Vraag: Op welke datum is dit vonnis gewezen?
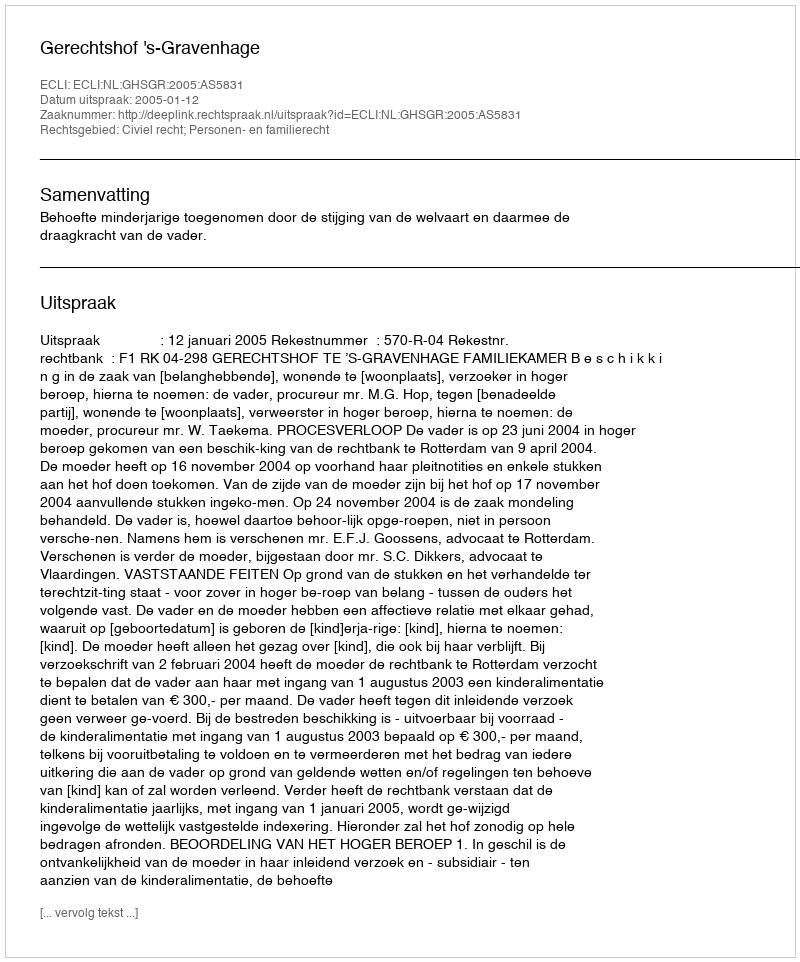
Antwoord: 2005-01-12